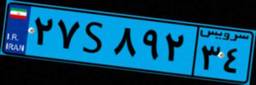
۲۷S۸۹۲۳۴